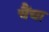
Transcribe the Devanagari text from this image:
चैंचा